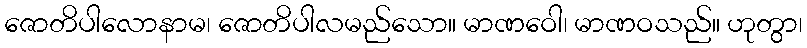
ဇောတိပါလောနာမ၊ ဇောတိပါလမည်သော။ မာဏဝေါ၊ မာဏဝသည်။ ဟုတွာ၊